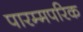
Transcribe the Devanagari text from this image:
पारम्मपरिक